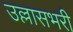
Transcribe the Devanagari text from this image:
उल्लासभरी